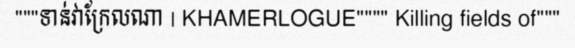
"""ទាន់វាក្រែលណា | KHAMERLOGUE"""" Killing fields of"""